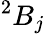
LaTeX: ^{2}B_{j}